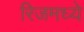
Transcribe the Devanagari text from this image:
रिजमध्ये